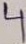
Text: 4